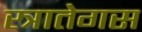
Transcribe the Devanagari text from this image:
स्त्रातेगस